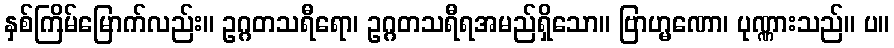
နှစ်ကြိမ်မြောက်လည်း။ ဥဂ္ဂတသရီရော၊ ဥဂ္ဂတသရီရအမည်ရှိသော။ ဗြာဟ္မဏော၊ ပုဏ္ဏားသည်။ ပ။